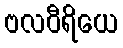
ဗလဝီရိယေ